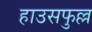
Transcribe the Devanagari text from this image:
हाउसफुल्ल